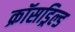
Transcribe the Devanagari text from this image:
क्रॉसड्रिल्ड